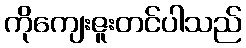
ကိုကျေးဇူးတင်ပါသည်